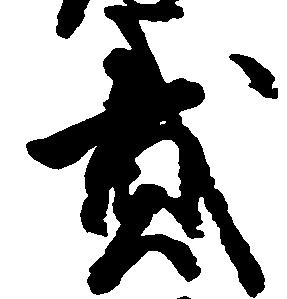
貮